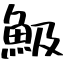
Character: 魥